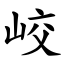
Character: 峧